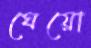
ঘেয়ো